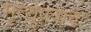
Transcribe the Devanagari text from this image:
मृत्युपत्राचा